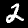
Label: 2